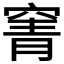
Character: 𮄄